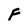
Character: F